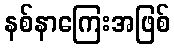
နစ်နာကြေးအဖြစ်